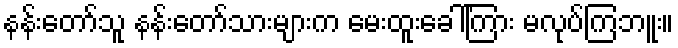
နန်းတော်သူ နန်းတော်သားများက မေးထူးခေါ်ကြား မလုပ်ကြဘူး။